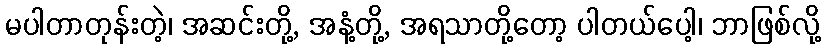
မပါတာတုန်းတဲ့၊ အဆင်းတို့, အနံ့တို့, အရသာတို့တော့ ပါတယ်ပေါ့၊ ဘာဖြစ်လို့